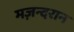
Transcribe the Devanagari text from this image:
मज़न्दरान